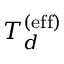
T _ { d } ^ { \mathrm { ( e f f ) } }